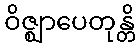
ဝိဇ္ဈာပေတုန္တိ